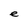
Character: e